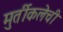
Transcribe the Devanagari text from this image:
मुर्तीकलेची